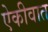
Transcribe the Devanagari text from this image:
ऐकीवात